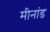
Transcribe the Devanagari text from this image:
मीनांड